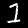
Label: 1